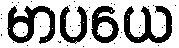
မာပယေ